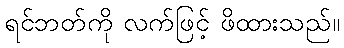
ရင်ဘတ်ကို လက်ဖြင့် ဖိထားသည်။